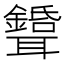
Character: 𦘉